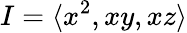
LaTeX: I=\langle x^{2},xy,xz\rangle